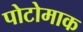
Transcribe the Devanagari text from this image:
पोटोमाक